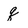
Character: q